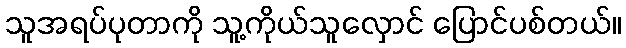
သူအရပ်ပုတာကို သူ့ကိုယ်သူလှောင် ပြောင်ပစ်တယ်။